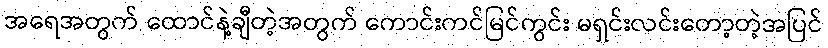
အရေအတွက် ထောင်နဲ့ချီတဲ့အတွက် ကောင်းကင်မြင်ကွင်း မရှင်းလင်းတော့တဲ့အပြင်